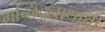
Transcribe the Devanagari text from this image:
मच्छिंद्रनाथाची